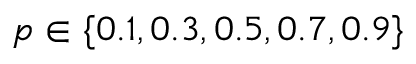
p \in \{ 0 . 1 , 0 . 3 , 0 . 5 , 0 . 7 , 0 . 9 \}